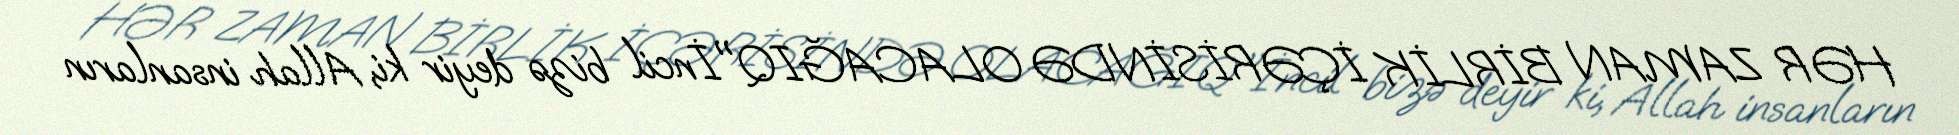
HƏR ZAMAN BİRLİK İÇƏRİSİNDƏ OLACAĞIQ"İncil bizə deyir ki, Allah insanların